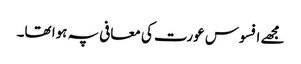
مجھے افسوس عورت کی معافی پہ ہوا تھا۔